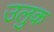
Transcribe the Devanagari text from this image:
उलुक